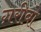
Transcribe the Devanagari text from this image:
ग़रीबो